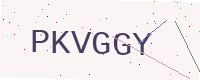
Text: PKVGGY